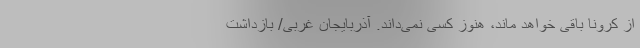
از کرونا باقی خواهد ماند، هنوز کسی نمی‌داند. آذربایجان غربی/ بازداشت